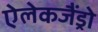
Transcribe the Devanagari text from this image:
ऐलेकजैंड्रो